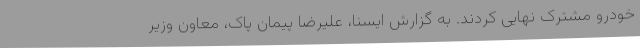
خودرو مشترک نهایی کردند. به گزارش ایسنا، علیرضا پیمان پاک، معاون وزیر